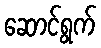
ဆောင်ရွက်